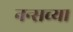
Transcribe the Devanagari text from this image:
नन्सच्या